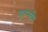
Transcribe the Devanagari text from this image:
गुरुर्नाम